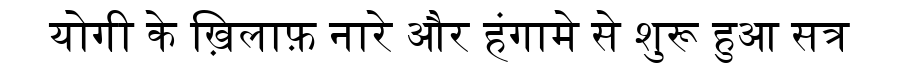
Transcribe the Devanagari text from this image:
योगी के ख़िलाफ़ नारे और हंगामे से शुरू हुआ सत्र